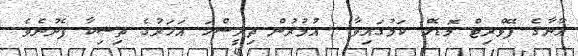
އާނާގެ ފޭވްރިޓް މޮޑެލް ކަމުގައިވާ  އުމުރުން ތިރީސްހަ އަހަރުގެ ތިޝިކާ ފެނުނެވެ.